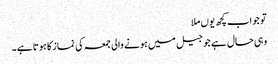
تو جواب کچھ یوں ملا
وہی حال ہے جو جیل میں ہونے والی جمعہ کی نماز کا ہوتا ہے۔